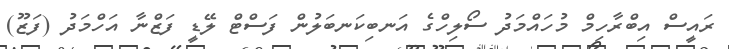
ރައީސް އިބްރާހިމް މުހައްމަދު ސޯލިހްގެ އަނބިކަނބަލުން ފަސްޓް ލޭޑީ ފަޒްނާ އަހްމަދު (ފަޒޫ)